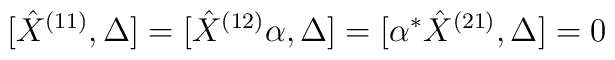
[\hat X^{(11)},\Delta]=[\hat X^{(12)}\alpha,\Delta]=[\alpha^{*}\hat X^{(21)},\Delta]=0